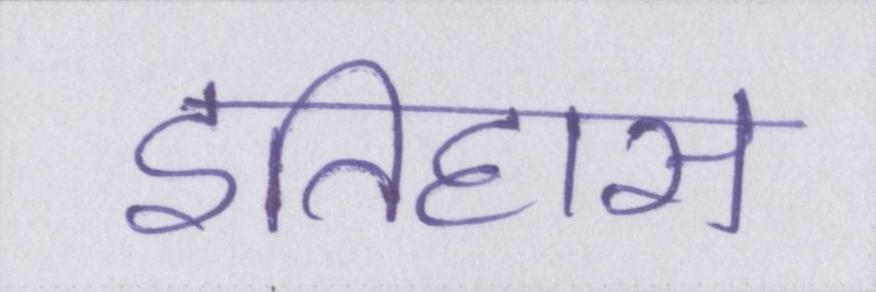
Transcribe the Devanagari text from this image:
इतिहास